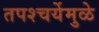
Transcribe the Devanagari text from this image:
तपश्‍चर्येमुळे